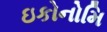
ઇકોનોમિ